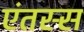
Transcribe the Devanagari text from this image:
एंतस्स